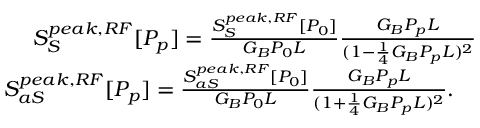
\begin{array} { r l r } & { } & { S _ { S } ^ { p e a k , R F } [ P _ { p } ] = \frac { S _ { S } ^ { p e a k , R F } [ P _ { 0 } ] } { G _ { B } P _ { 0 } L } \frac { G _ { B } P _ { p } L } { ( 1 - \frac { 1 } { 4 } G _ { B } P _ { p } L ) ^ { 2 } } \quad \quad } \\ & { } & { S _ { a S } ^ { p e a k , R F } [ P _ { p } ] = \frac { S _ { a S } ^ { p e a k , R F } [ P _ { 0 } ] } { G _ { B } P _ { 0 } L } \frac { G _ { B } P _ { p } L } { ( 1 + \frac { 1 } { 4 } G _ { B } P _ { p } L ) ^ { 2 } } . \quad \quad \quad } \end{array}